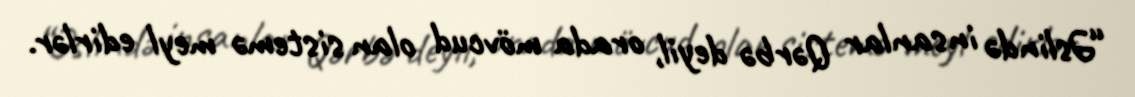
“Əslində insanlar Qərbə deyil, orada mövcud olan sistemə meyl edirlər.